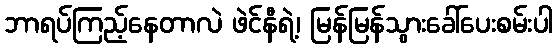
ဘာရပ်ကြည့်နေတာလဲ ဖဲင်နီရဲ့၊ မြန်မြန်သွားခေါ်ပေးစမ်းပါ